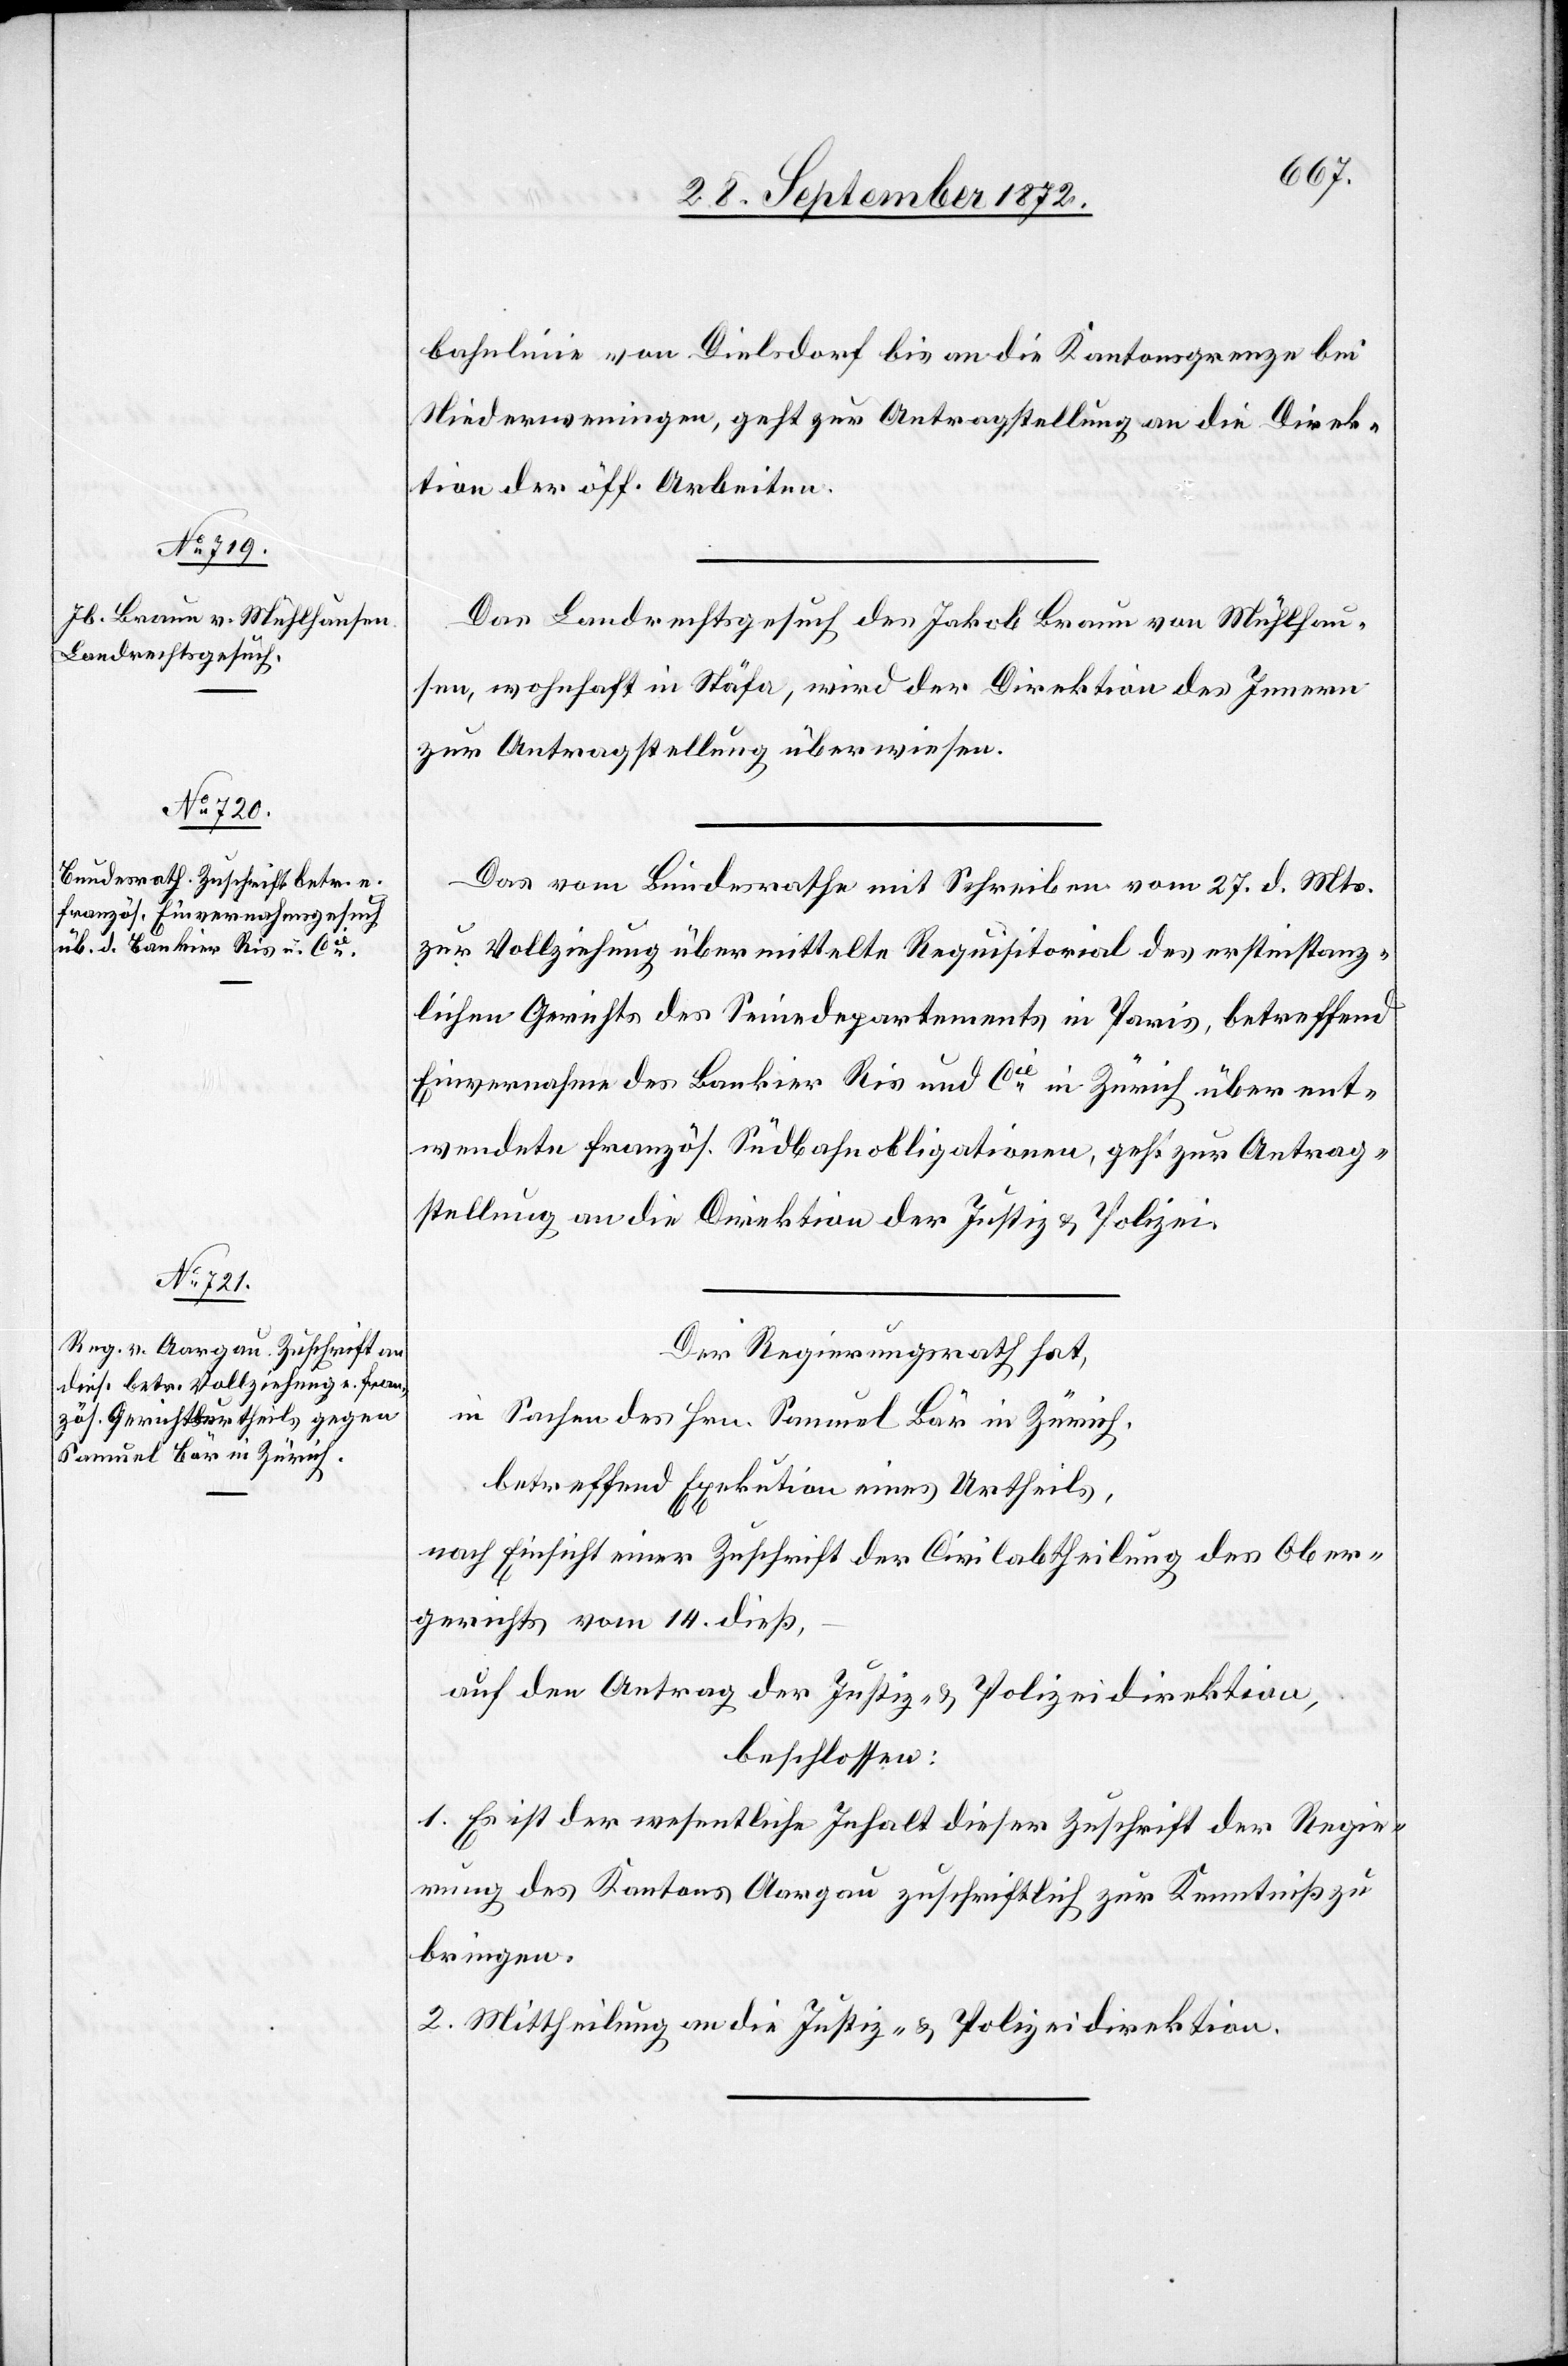
30. September 1872.]
bahnlinie von Dielsdorf bis an die Kantonsgrenze bei
Niederweningen, geht zur Antragstellung an die Direk¬
tion der öff. Arbeiten.
Das Landrechtsgesuch des Jakob Braun von Mühlhau¬
sen, wohnhaft in Stäfa, wird der Direktion des Innern
zur Antragstellung überwiesen.
Das vom Bundesrathe mit Schreiben vom 27. d. Mts.
zur Vollziehung übermittelte Requisitorial des erstinstanz¬
lichen Gerichts des Seinedepartements in Paris, betreffend
Einvernahme des Bankier Ris und Cie in Zürich über ent¬
wendete französ. Südbahnobligationen, geht zur Antrag¬
stellung an die Direktion der Justiz u. Polizei.
Der Regierungsrath hat,
in Sache des Hrn. Samuel Bär in Zürich,
betreffend Exekution eines Urtheils,
nach Einsicht einer Zuschrift der Civilabtheilung des Ober¬
gerichts vom 14. dieß,
auf den Antrag der Justiz- u. Polizeidirektion,
beschlossen:
1. Es ist der wesentliche Inhalt dieser Zuschrift der Regie¬
rung des Kantons Aargau zuschriftlich zur Kenntniß zu
bringen.
2. Mittheilung an die Justiz- u. Polizeidirektion.